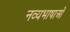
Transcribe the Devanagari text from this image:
नव्यभाषाओं